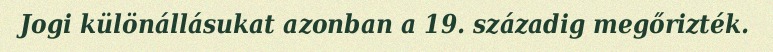
Jogi különállásukat azonban a 19. századig megőrizték.